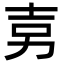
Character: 㔛